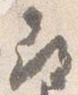
尋